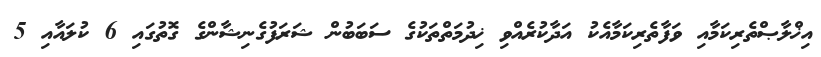
އިޚްލާޞްތެރިކަމާއި ވަފާތެރިކަމާއެކު އަދާކުރެއްވި ޚިދުމަތްތަކުގެ ސަބަބުން ޝަރަފުގެނިޝާންގެ ގޮތުގައި 6 ކުލައާއި 5